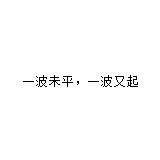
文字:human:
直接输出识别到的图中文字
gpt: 一波未平，一波又起